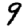
Digit: 9